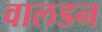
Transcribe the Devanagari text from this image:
वालडन